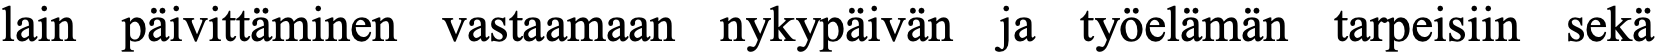
lain päivittäminen vastaamaan nykypäivän ja työelämän tarpeisiin sekä